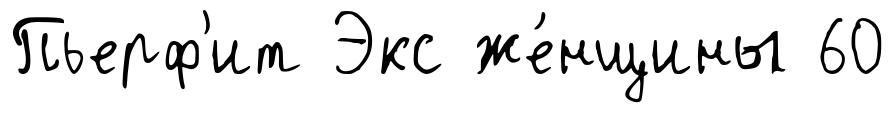
Пьерф'ит Экс же́нщины 60